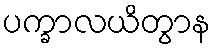
ပက္ခာလယိတွာန